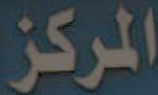
المركز